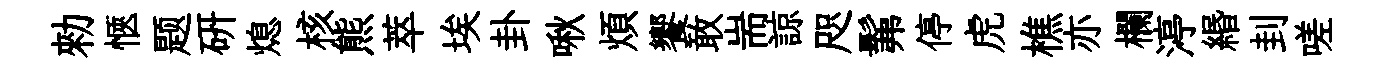
勑愜题研熄核熊萃埃卦啾煩饗敢耑諒咫髴停虎樵亦欄渟緡刲嗟